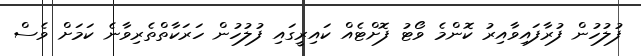
ފުލުހުން ފުރާފައިވާއިރު ކޮންމެ ވޯޓު ފޮށްޓެއް ކައިރީގައި ފުލުހުން ހަރަކާތްތެރިވާނެ ކަމަށް ވެސް